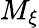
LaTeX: M_{\xi}